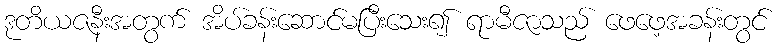
ဒုတိယဇနီးအတွက် အိပ်ခန်းဆောင်မပြီးသေး၍ ရာမီဇာသည် ဖေဖေ့အခန်းတွင်